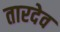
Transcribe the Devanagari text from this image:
तारदेव